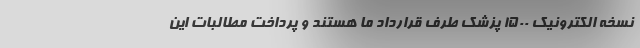
نسخه الکترونیک ۱۵۰۰ پزشک طرف قرارداد ما هستند و پرداخت مطالبات این